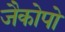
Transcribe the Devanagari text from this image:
जैकोपो